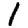
Digit: 1